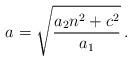
LaTeX: \begin{align*}a = \sqrt{\frac{a_2 n^2 +c^2}{a_1}}\, . \end{align*}